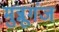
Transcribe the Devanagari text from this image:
मुन्नूगंज